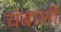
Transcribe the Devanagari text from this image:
चंबाली